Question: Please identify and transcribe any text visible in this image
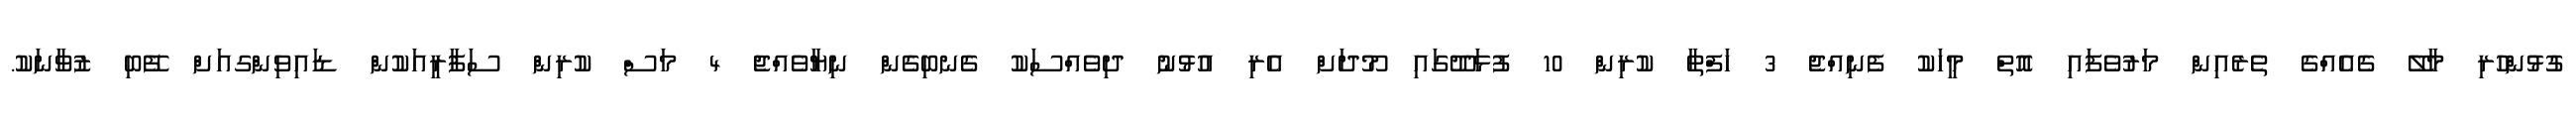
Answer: ގުޅުންހުރި މާލޭ ގެއެއްގެ ތެރެއިން މަރުވެފައި އޮތް މީހަކު ފެނިއްޖެ 3 ހަފްތާ ކުރިން 10 ފުޅަދޫގައި މޫދަށް އެރި އުޅުނު ދިވެއްސަކު ގެނބިގެން ނިޔާވެއްޖެ 4 މަސް ކުރިން ސަފާރީއަކުން ޑައިވިންގއަށް ފޭބި ޒުވާނަކު.